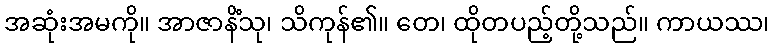
အဆုံးအမကို။ အာဇာနိံသု၊ သိကုန်၏။ တေ၊ ထိုတပည့်တို့သည်။ ကာယဿ၊